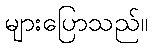
များပြောသည်။